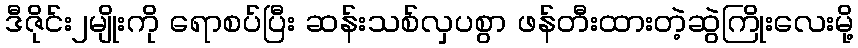
ဒီဇိုင်း၂မျိုးကို ရောစပ်ပြီး ဆန်းသစ်လှပစွာ ဖန်တီးထားတဲ့ဆွဲကြိုးလေးမို့